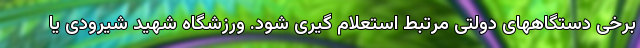
برخی دستگاههای دولتی مرتبط استعلام گیری شود. ورزشگاه شهید شیرودی یا